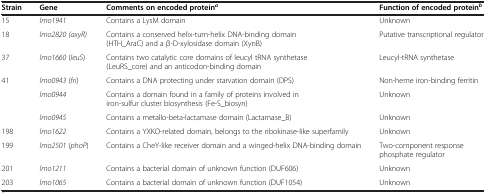
| Strain | Gene | Comments on encoded proteina | Function of encoded proteinb |
 | --- | --- | --- | --- |
 | 15 | lmo1941 | Contains a LysM domain | Unknown |
 | 18 | lmo2820 (axyR) | Contains a conserved helix-turn-helix DNA-binding domain (HTH_AraC) and a β-D-xylosidase domain (XynB) | Putative transcriptional regulator |
 | 37 | lmo1660 (leuS) | Contains two catalytic core domains of leucyl tRNA synthetase (LeuRS_core) and an anticodon-binding domain | Leucyl-tRNA synthetase |
 | <ROWSPAN=3> 41 | lmo0943 (fri) | Contains a DNA protecting under starvation domain (DPS) | Non-heme iron-binding ferritin |
 | lmo0944 | Contains a domain found in a family of proteins involved in iron-sulfur cluster biosynthesis (Fe-S_biosyn) | Unknown |
 | lmo0945 | Contains a metallo-beta-lactamase domain (Lactamase_B) | Unknown |
 | 198 | lmo1622 | Contains a YXKO-related domain, belongs to the ribokinase-like superfamily | Unknown |
 | 199 | lmo2501 (phoP) | Contains a CheY-like receiver domain and a winged-helix DNA-binding domain | Two-component response phosphate regulator |
 | 201 | lmo1211 | Contains a bacterial domain of unknown function (DUF606) | Unknown |
 | 203 | lmo1065 | Contains a bacterial domain of unknown function (DUF1054) | Unknown |